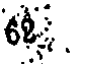
6.